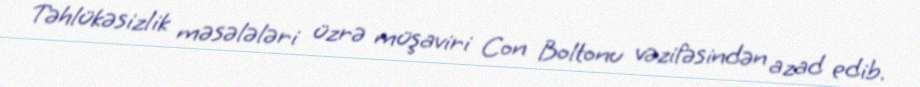
Təhlükəsizlik məsələləri üzrə müşaviri Con Boltonu vəzifəsindən azad edib.